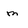
Character: m